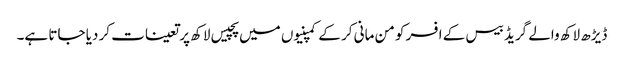
ڈیڑھ لاکھ والے گریڈ بیس کے افسر کو من مانی کر کے کمپنیوں میں پچیس لاکھ پر تعینات کر دیا جاتا ہے۔